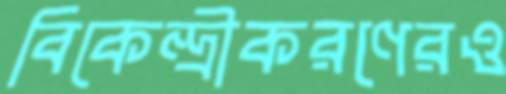
বিকেন্দ্রীকরণেরও